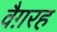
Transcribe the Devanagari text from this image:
वैग़रह